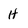
Character: H